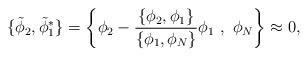
LaTeX: \begin{align*}\{{\tilde\phi_2},{\tilde\phi_1^*}\}=\left\{\phi_2-\frac{\{\phi_2,\phi_1\}}{\{\phi_1,\phi_N\}}\phi_1\ ,\ \phi_N\right\}\approx 0,\end{align*}